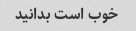
خوب است بدانید